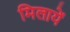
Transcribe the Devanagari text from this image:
मिलायें